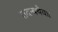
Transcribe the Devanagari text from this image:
तदन्यथैव।।